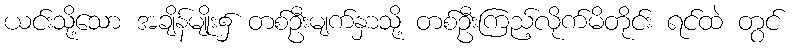
ယင်းသို့သော အချိန်မျိုး၌ တစ်ဦးမျက်နှာသို့ တစ်ဦးကြည့်လိုက်မိတိုင်း ရင်ထဲ တွင်